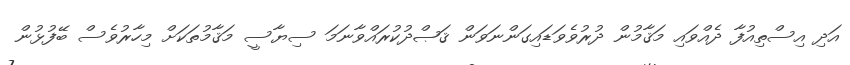
އަދި އިސްތިއުފާ ދެއްވައި މަޤާމުން ދުރުވެވަޑައިގަންނަވަން ޤަޞްދުކުރައްވާނަމަ ސިޔާސީ މަޤާމުތަކަށް މިހާރުވެސް ބޭފުޅުން